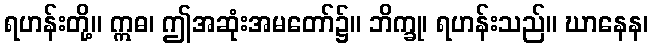
ရဟန်းတို့။ ဣဓ၊ ဤအဆုံးအမတော်၌။ ဘိက္ခု၊ ရဟန်းသည်။ ဃာနေန၊